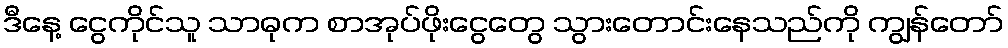
ဒီနေ့ ငွေကိုင်သူ သာဓုက စာအုပ်ဖိုးငွေတွေ သွားတောင်းနေသည်ကို ကျွန်တော်